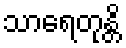
သာရေတုန္တိ